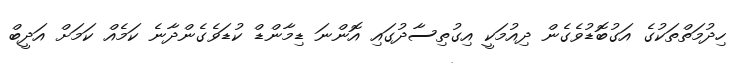
ހިދުމަތްތަކުގެ އަގުބޮޑުވެގެން ދިއުމަކީ އިގުތިސާދުގައި އޮންނަ ޑިމާންޑް ކުޑަވެގެންދާނެ ކަމެއް ކަމަށް އަދީބް